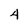
Character: 4